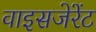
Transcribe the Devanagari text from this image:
वाइसजेरेंट